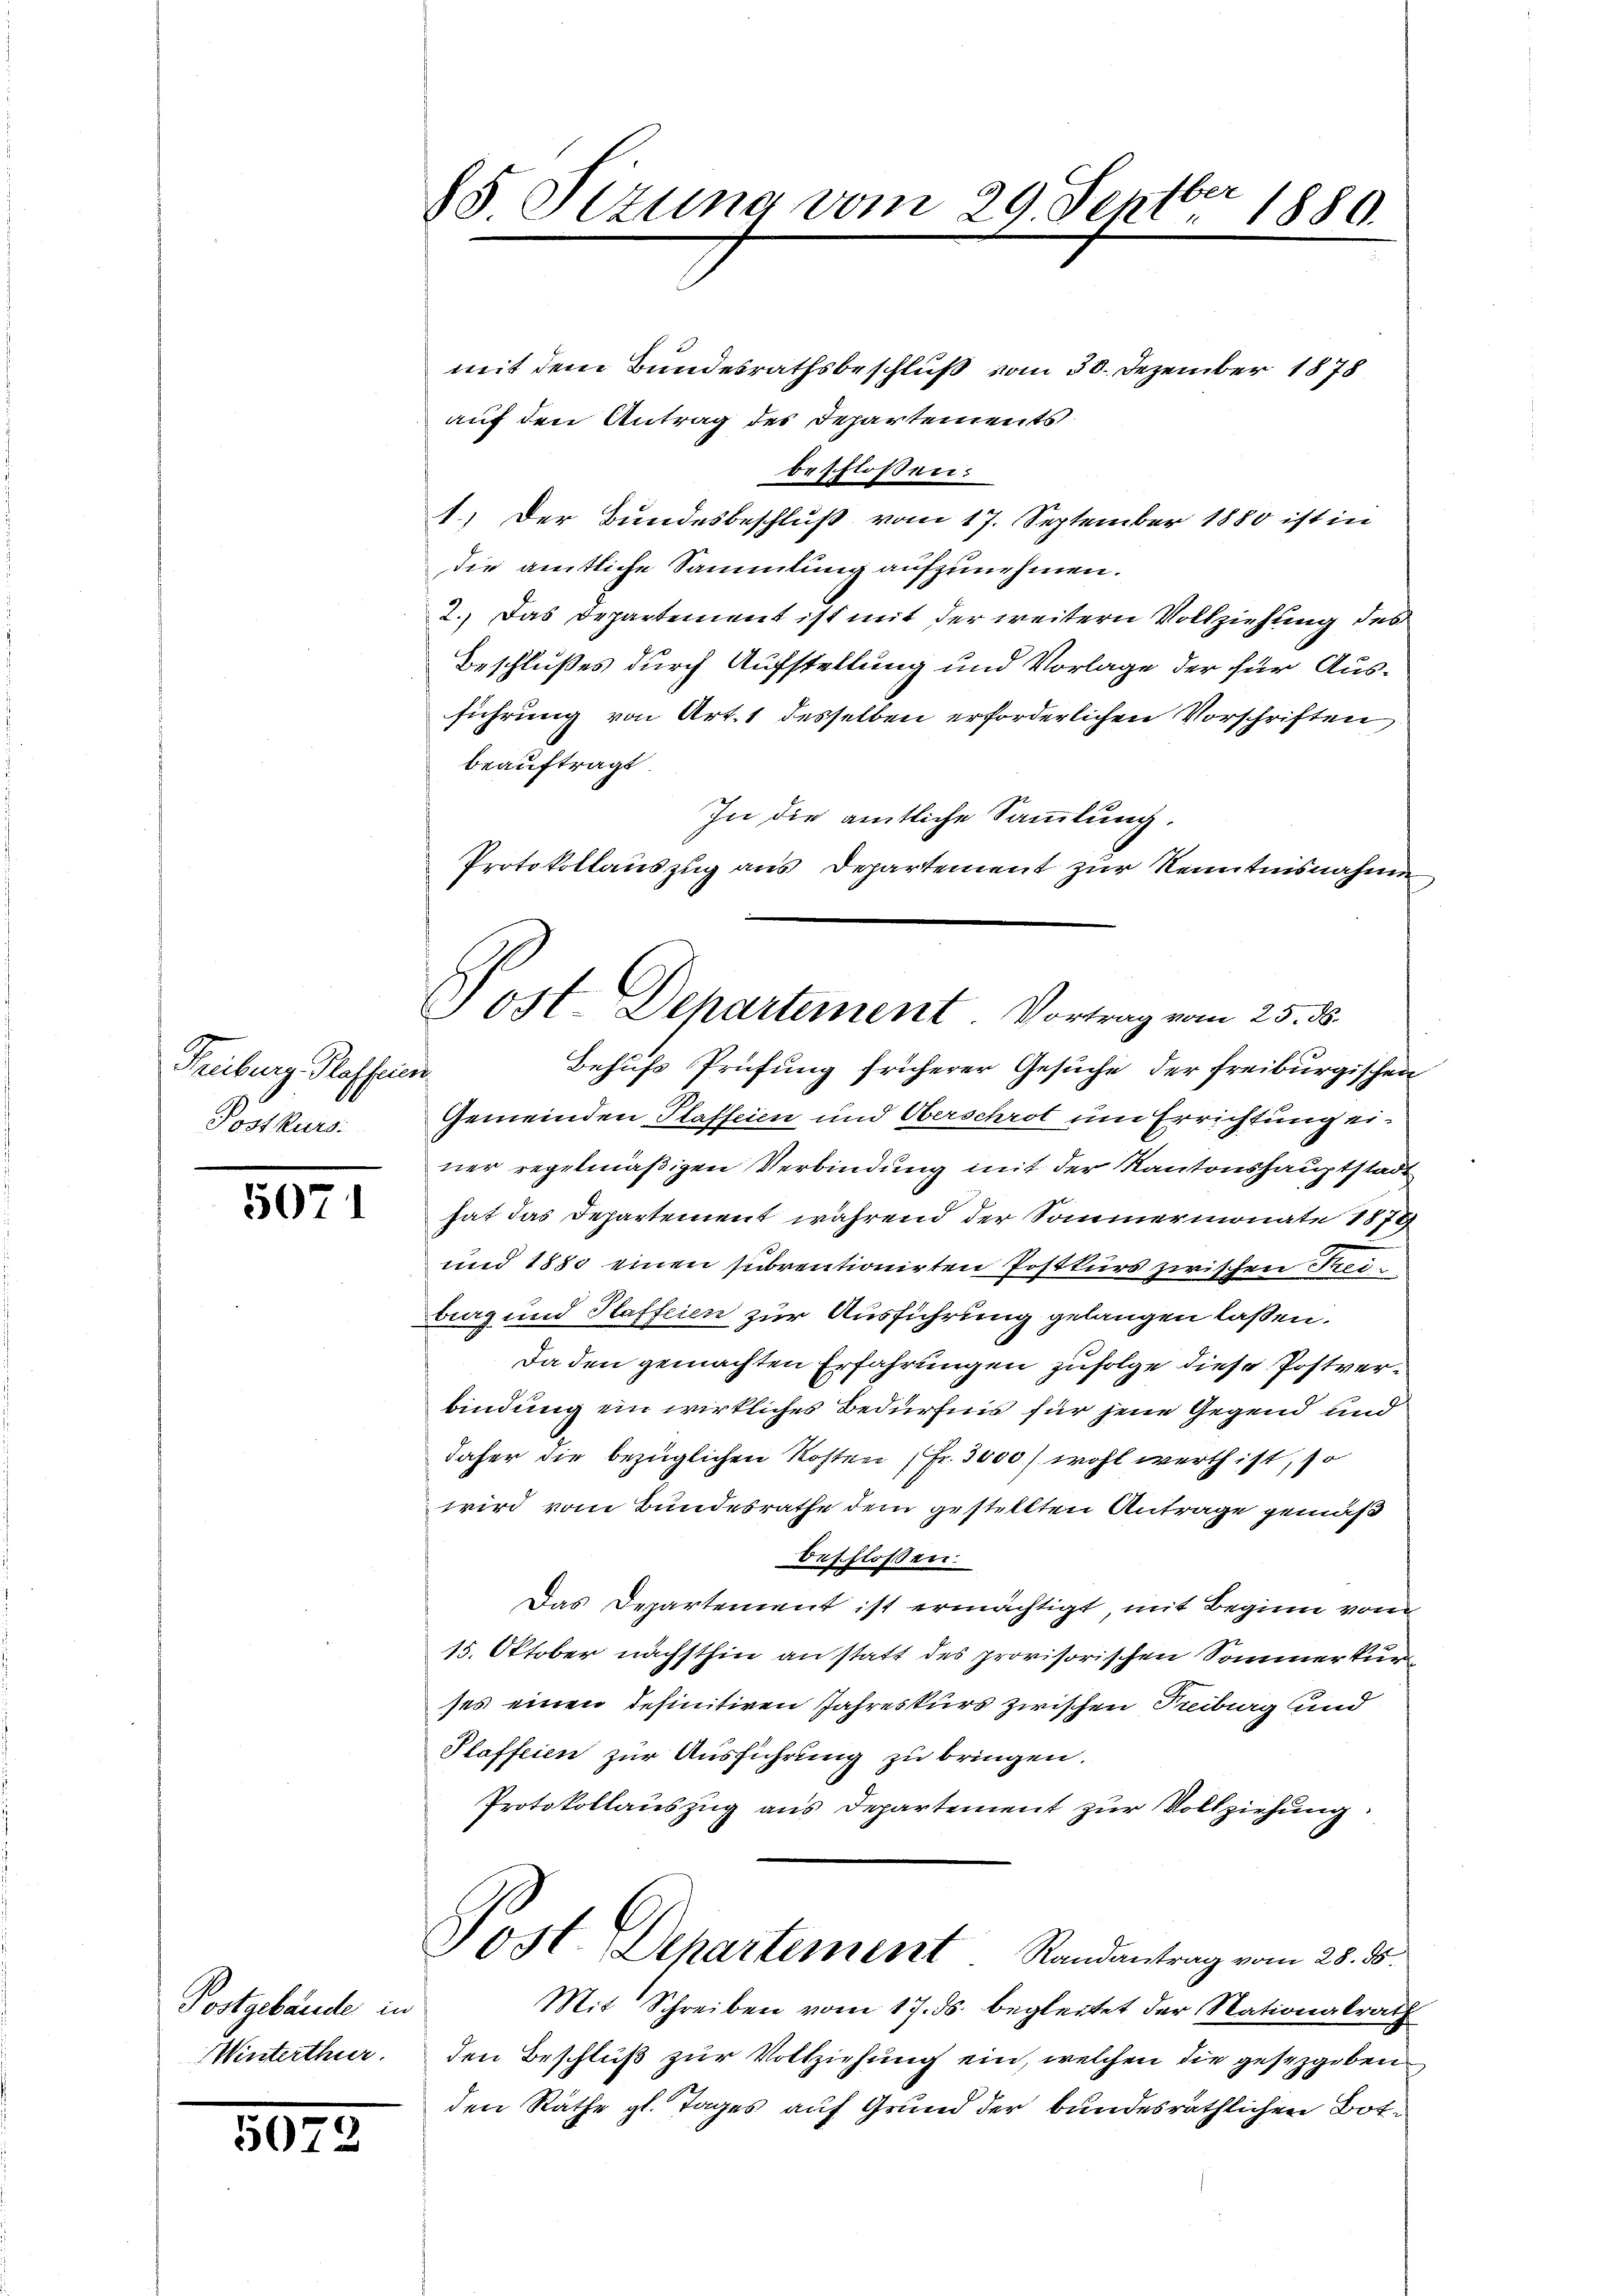
Freiburg. Plafferen
Postkurs:

5071

Postgebäude in
Winterthur.

5072

85 Sizung vom 29. Septbr. 1880.

Post Dehartement. Vortrag vom 25. ds.

mit dem Bundesrathsbeschluß vom 30. Dezember 1878
auf den Antrag des Departements
beschlossen:
1.) Der Bundesbeschluß vom 17. September 1880 ist in
die amtliche Sammlung aufzunehmen.
2.) Das Departement ist mit der weitern Vollziehung des
Beschlußes durch Aufstellung und Vorlage der für Ausführung von Art. 1 desselben erforderlichen Vorschriften
beauftragt
In die amtliche Sammlung.
Protokollauszug aus Departement zur Kenntnisnahme
Behufs Prüfung früherer Gesuche der freiburgischen
Gemeinden Plaffeien und Oberschrot um Errichtung einer regelmäßigen Verbindung mit der Kantonshauptstadt
hat das Departement während der Sommermonate 1879
und 1880 einen subrentionirten Postkurs zwischen Freibrag und Plaffeien zur Ausführung gelangen laßen.
Da den gemachten Erfahrungen zufolge diese Postverbindung ein wirkliches Bedürfnis für jene Gegend und
daher die bezüglichen Kosten Fr. 3000) wohl werth ist, so
wird vom Bundesrathe dem gestellten Antrage gemäß
beschlossen:
Das Departement ist ermächtigt, mit Beginn von
15. Oktober nächsthin an statt des provisorischen Sommerkurses einen definitiven Jahreskurs zwischen Treiburg und
Plaffeien zur Ausführung zu bringen.
Protokollauszug aus Departement zur Vollziehung
Post. Departement Randantrag vom 25. ds
Mit Schreiben vom 17. ds. begleitet der Nationalrath
den Beschluß zur Vollziehung ein, welchen die gesetzgeben
den Räthe gl. Tages auf Grund der bundesräthlichen Bot¬